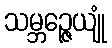
သမ္ဘဉ္ဇေယျုံ